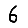
Digit: 6